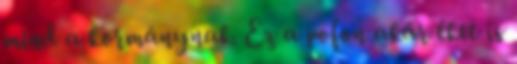
mind a kormánynak. Ez a pofon akár éket is